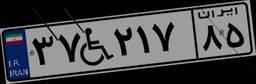
۳۷W۲۱۷۸۵